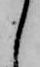
し